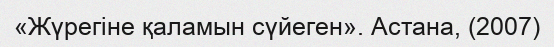
«Жүрегіне қаламын сүйеген». Астана, (2007)